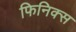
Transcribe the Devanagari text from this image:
फिनिक्‍स